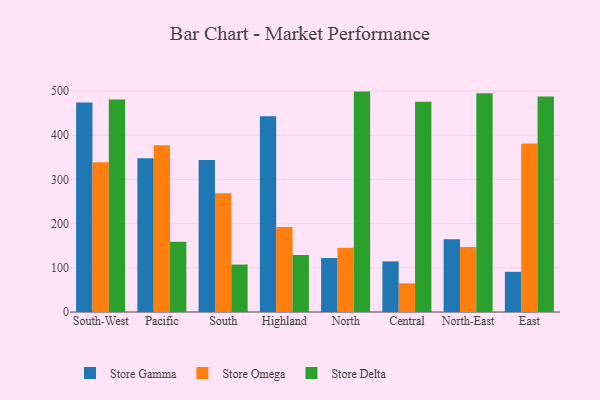
{"axis": {"x": "Region", "y": "Satisfaction Score"}, "legend": ["Store Delta", "Store Gamma", "Store Omega"], "data": [{"x": "South-West", "y": 474.3, "type": "Store Gamma"}, {"x": "South-West", "y": 339.0, "type": "Store Omega"}, {"x": "South-West", "y": 481.3, "type": "Store Delta"}, {"x": "Pacific", "y": 347.8, "type": "Store Gamma"}, {"x": "Pacific", "y": 377.6, "type": "Store Omega"}, {"x": "Pacific", "y": 159.3, "type": "Store Delta"}, {"x": "South", "y": 344.1, "type": "Store Gamma"}, {"x": "South", "y": 268.7, "type": "Store Omega"}, {"x": "South", "y": 107.4, "type": "Store Delta"}, {"x": "Highland", "y": 443.1, "type": "Store Gamma"}, {"x": "Highland", "y": 192.6, "type": "Store Omega"}, {"x": "Highland", "y": 129.2, "type": "Store Delta"}, {"x": "North", "y": 122.0, "type": "Store Gamma"}, {"x": "North", "y": 145.4, "type": "Store Omega"}, {"x": "North", "y": 498.9, "type": "Store Delta"}, {"x": "Central", "y": 114.6, "type": "Store Gamma"}, {"x": "Central", "y": 64.8, "type": "Store Omega"}, {"x": "Central", "y": 475.9, "type": "Store Delta"}, {"x": "North-East", "y": 164.5, "type": "Store Gamma"}, {"x": "North-East", "y": 147.0, "type": "Store Omega"}, {"x": "North-East", "y": 494.9, "type": "Store Delta"}, {"x": "East", "y": 91.0, "type": "Store Gamma"}, {"x": "East", "y": 381.5, "type": "Store Omega"}, {"x": "East", "y": 487.9, "type": "Store Delta"}]}